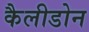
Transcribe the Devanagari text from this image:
कैलीडोन